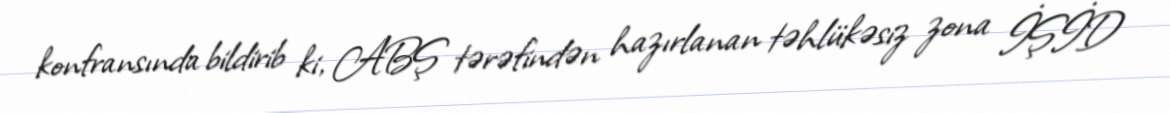
konfransında bildirib ki, ABŞ tərəfindən hazırlanan təhlükəsiz zona İŞİD